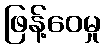
ဖြန့်ဝေမှု